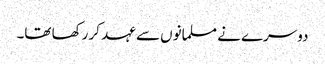
دوسرے نے مسلمانوں سے عہد کر رکھا تھا۔